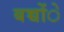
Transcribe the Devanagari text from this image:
बच्चोंे